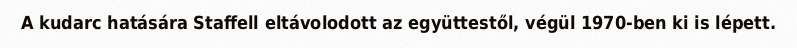
A kudarc hatására Staffell eltávolodott az együttestől, végül 1970-ben ki is lépett.